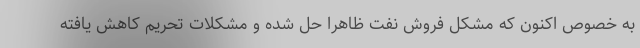
به خصوص اکنون که مشکل فروش نفت ظاهرا حل شده و مشکلات تحریم کاهش یافته